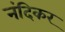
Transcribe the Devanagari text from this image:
नंदिकर